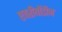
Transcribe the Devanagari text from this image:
एवरीबॉडीज